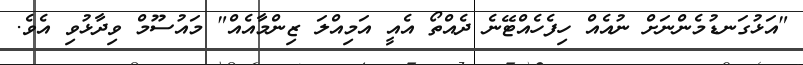
"އަޅުގަނޑުމެންނަށް ނުއެއް ހިފެހެއްޓޭނެ ދެއްތޯ އެއީ އަމިއްލަ ޒިންމާއެއް" މައުސޫމް ވިދާޅުވި އެވެ.